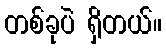
တစ်ခုပဲ ရှိတယ်။